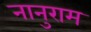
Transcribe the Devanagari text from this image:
नानुराम